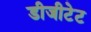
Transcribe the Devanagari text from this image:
डीजीटेट